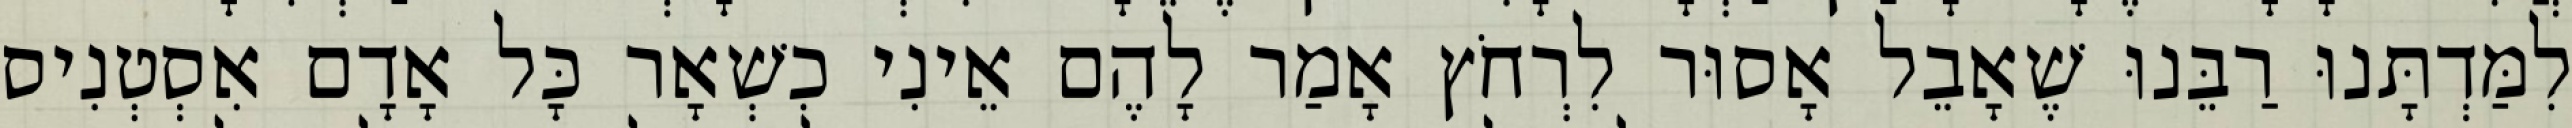
לִמַּדְתָּנוּ רַבֵּנוּ שֶׁאָבֵל אָסוּר לִרְחֹץ אָמַר לָהֶם אֵינִי כִשְׁאָר כָּל אָדָם אִסְטְנִיס